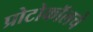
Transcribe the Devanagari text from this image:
प्रोटोकॉलचे